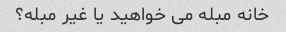
خانه مبله می خواهید یا غیر مبله؟